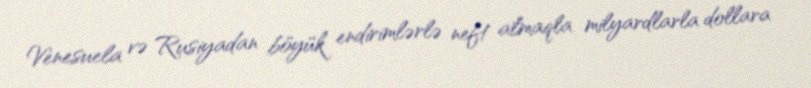
Venesuela və Rusiyadan böyük endirimlərlə neft almaqla milyardlarla dollara